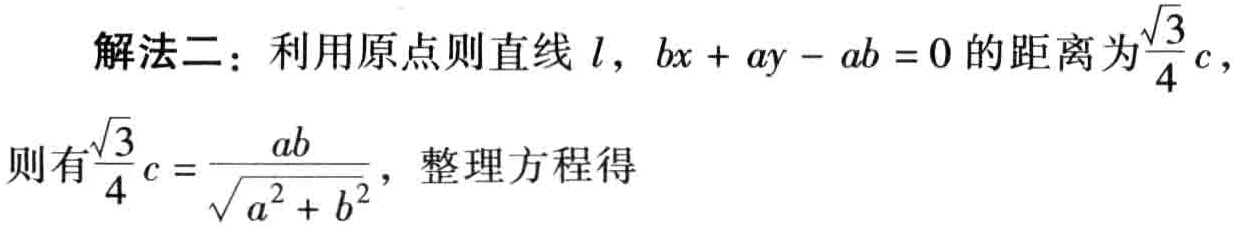
解法二：利用原点则直线 \(l\)，\(bx + ay - ab = 0\) 的距离为\(\frac{\sqrt{3}}{4}c\)，

则有\(\frac{\sqrt{3}}{4}c = \frac{ab}{\sqrt{a^{2} + b^{2}}}\)，整理方程得